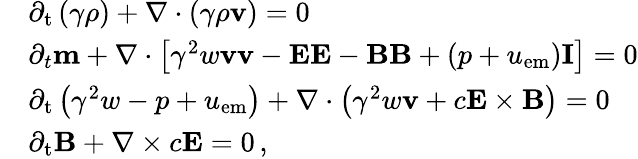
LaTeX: \begin{array}{rl}&{\partial_{\mathrm{t}}\left(\gamma\rho\right)+\nabla\cdot\left(\gamma\rho\mathbf{v}\right)=0}\\ &{\partial_{t}\mathbf{m}+\nabla\cdot\left[\gamma^{2}w\mathbf{v}\mathbf{v}-\mathbf{E}\mathbf{E}-\mathbf{B}\mathbf{B}+(p+u_{\mathrm{em}})\mathbf{I}\right]=0}\\ &{\partial_{\mathrm{t}}\left(\gamma^{2}w-p+u_{\mathrm{em}}\right)+\nabla\cdot\left(\gamma^{2}w\mathbf{v}+c\mathbf{E}\times\mathbf{B}\right)=0}\\ &{\partial_{\mathrm{t}}\mathbf{B}+\nabla\times c\mathbf{E}=0\, ,}\end{array}